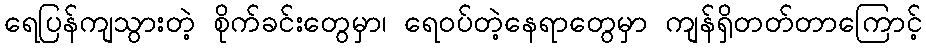
ရေပြန်ကျသွားတဲ့ စိုက်ခင်းတွေမှာ၊ ရေဝပ်တဲ့နေရာတွေမှာ ကျန်ရှိတတ်တာကြောင့်